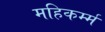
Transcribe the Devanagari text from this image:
महिकर्म्म